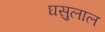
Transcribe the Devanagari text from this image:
घसुलाल